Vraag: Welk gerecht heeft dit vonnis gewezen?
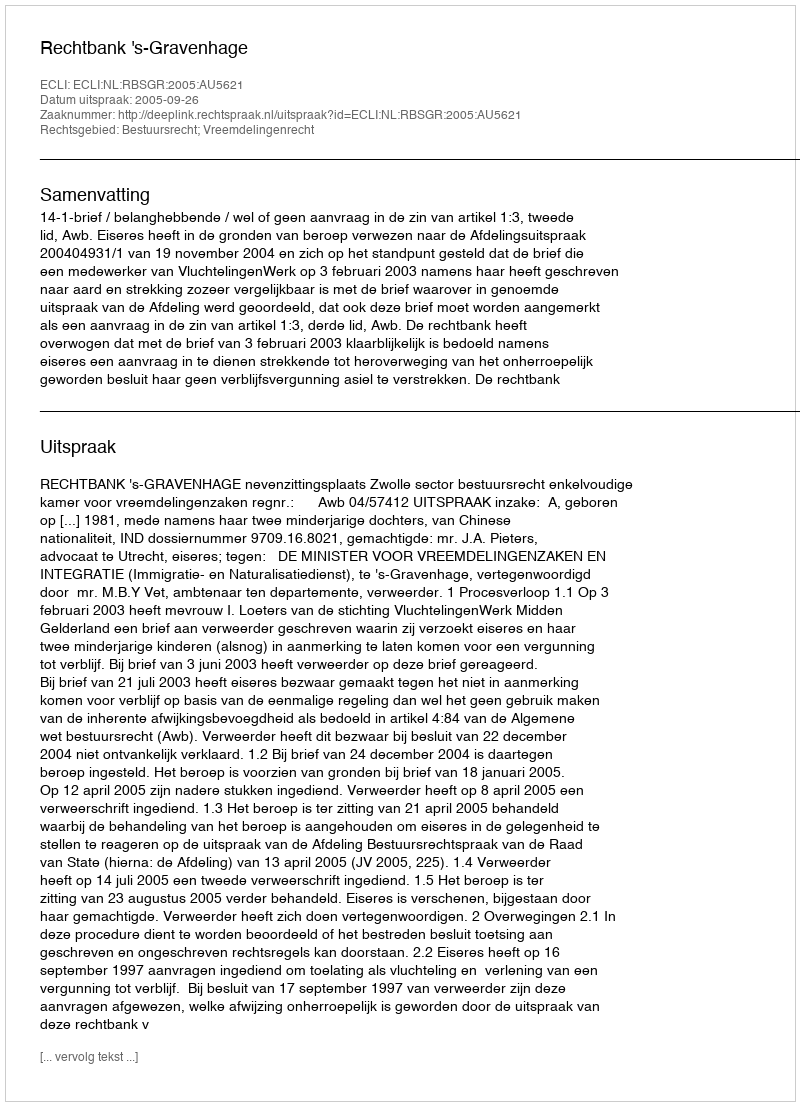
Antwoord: Rechtbank 's-Gravenhage